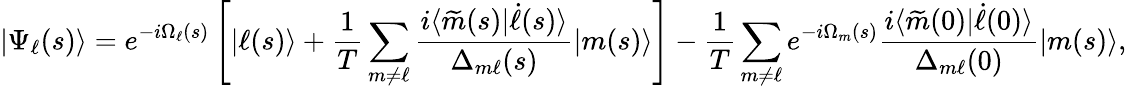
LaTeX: |\Psi_{\ell}(s)\rangle=e^{-i\Omega_{\ell}(s)}\left[|\ell(s)\rangle+\frac{1}{T}\sum_{m\neq\ell}\frac{i\langle\widetilde{m}(s)|\dot{\ell}(s)\rangle}{\Delta_{m\ell}(s)}|m(s)\rangle\right]-\frac{1}{T}\sum_{m\neq\ell}e^{-i\Omega_{m}(s)}\frac{i\langle\widetilde{m}(0)|\dot{\ell}(0)\rangle}{\Delta_{m\ell}(0)}|m(s)\rangle,